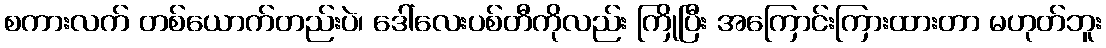
စကားလက် တစ်ယောက်တည်းပဲ၊ ဒေါ်လေးပစ်တီကိုလည်း ကြိုပြီး အကြောင်းကြားထားတာ မဟုတ်ဘူး